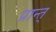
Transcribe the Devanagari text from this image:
प्रान्त्